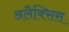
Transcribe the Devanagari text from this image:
अलैक्सिस